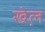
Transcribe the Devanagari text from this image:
खेल़